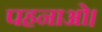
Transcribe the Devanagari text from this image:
पहनाओ।